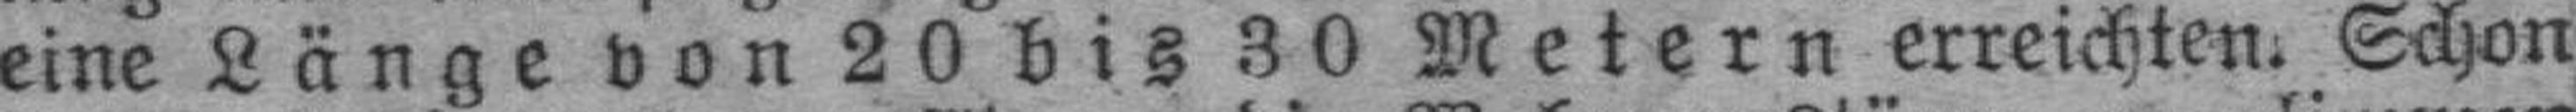
eine Länge von 20 bis 30 Metern erreichten. Schon